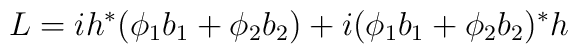
L=ih^*(\phi_1b_1+\phi_2b_2)+i(\phi_1b_1+\phi_2b_2)^*h